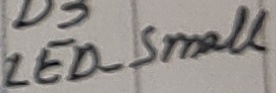
Text: LED_Small